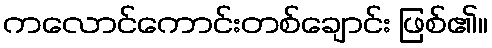
ကလောင်ကောင်းတစ်ချောင်း ဖြစ်၏။